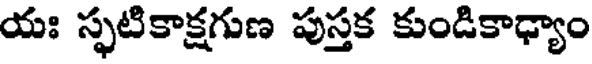
యః స్ఫటికాక్షగుణ పుస్తక కుండికాధ్యాం